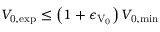
V _ { \mathrm { 0 , e x p } } \leq \left( 1 + \epsilon _ { \mathrm { V _ { \mathrm { 0 } } } } \right) V _ { \mathrm { 0 , m i n } }